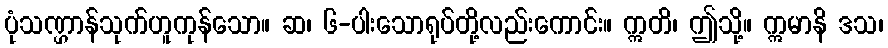
ပုံသဏ္ဌာန်သုက်ဟူကုန်သော။ ဆ၊ ၆-ပါးသောရုပ်တို့လည်းကောင်း။ ဣတိ၊ ဤသို့။ ဣမာနိ ဒသ၊